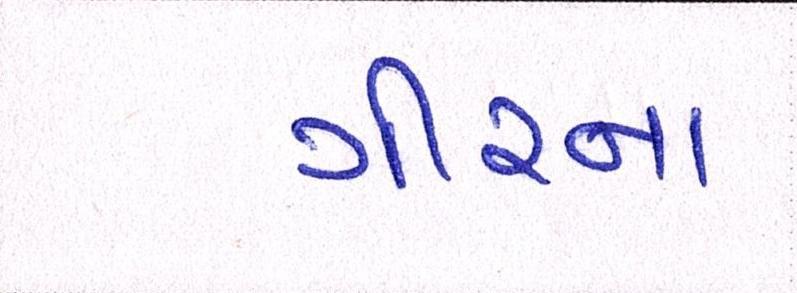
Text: ગીરના